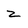
Character: 2